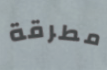
مطرقة